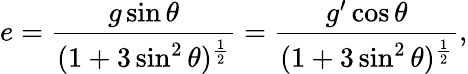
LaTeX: e=\frac{g\sin\theta}{(1+3\sin^{2}\theta)^{\frac{1}{2}}}=\frac{g^{\prime}\cos\theta}{(1+3\sin^{2}\theta)^{\frac{1}{2}}},